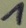
Text: 1